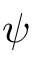
\psi